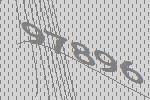
97896